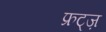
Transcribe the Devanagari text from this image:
फ्रट्ज़